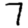
Digit: 7